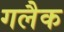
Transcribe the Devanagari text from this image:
गलैक